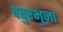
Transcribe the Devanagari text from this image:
चतुरभुजा